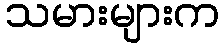
သမားများက